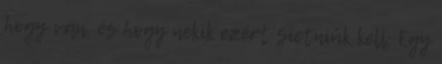
hogy van, és hogy nekik ezért sietniük kell. Egy